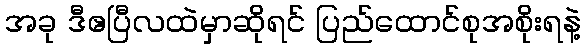
အခု ဒီဧပြီလထဲမှာဆိုရင် ပြည်ထောင်စုအစိုးရနဲ့